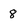
Character: 8